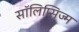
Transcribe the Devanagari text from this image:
सॉलिप्सिज्म